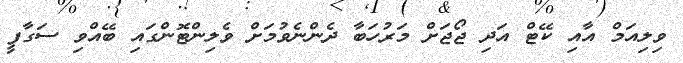
ވިލިއަމް އާއި ކޭޓް އަދި ޖޯޖަށް މަރުހަބާ ދެންނެވުމަށް ވެލިންޓޮންގައި ބޭއްވި ސަގާފީ